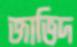
জাভিদ